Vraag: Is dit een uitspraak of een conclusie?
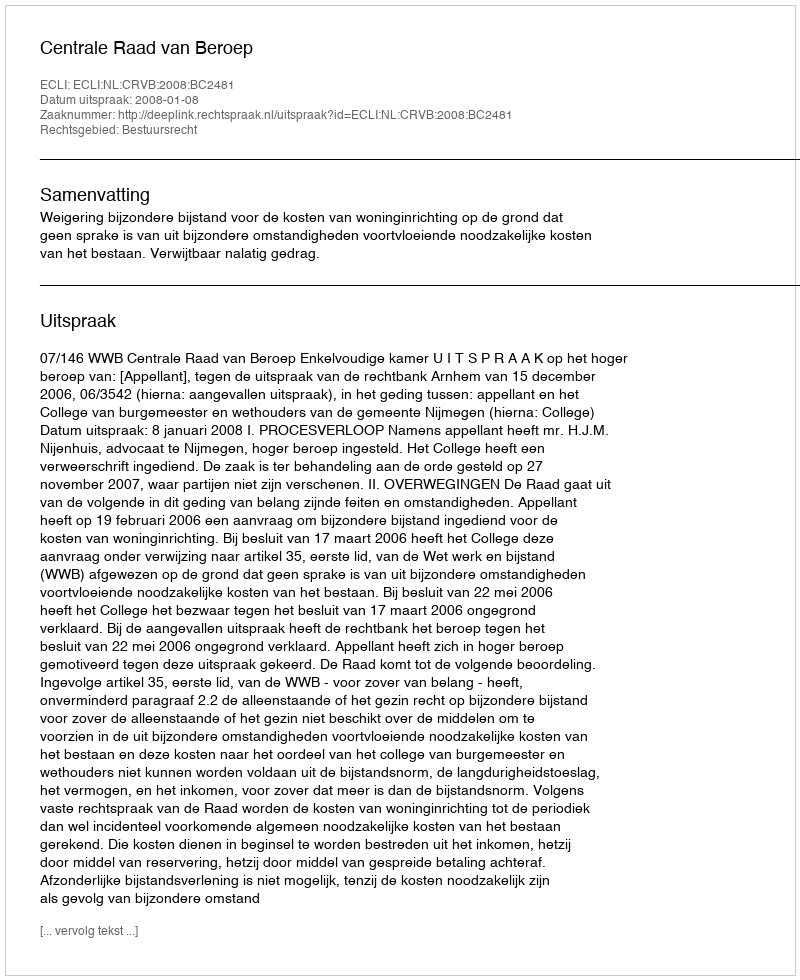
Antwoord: Uitspraak